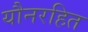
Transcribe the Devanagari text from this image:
यौनरहित